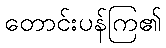
တောင်းပန်ကြ၏